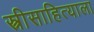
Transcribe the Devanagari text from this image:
स्त्रीसाहित्याला